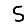
Digit: 5